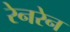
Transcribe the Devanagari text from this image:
रेनरेन